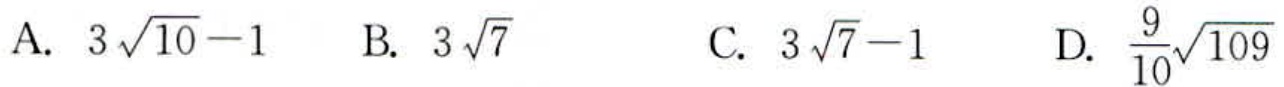
A. \(3\sqrt{10}-1\)  B. \(3\sqrt{7}\)  C. \(3\sqrt{7}-1\)  D. \(\frac{9}{10}\sqrt{109}\)